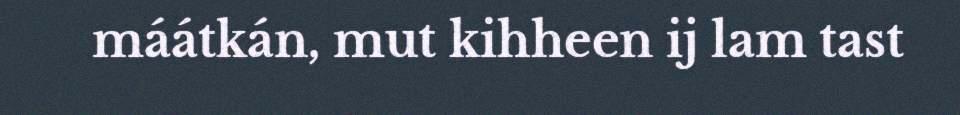
máátkán, mut kihheen ij lam tast